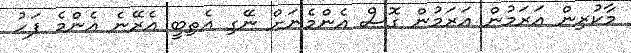
މާކުރިން އަރަމުން އަރަމުން ގޮސް އެންމެނަށް ނޭގި އެތިބީ އެރޭނެ އެންމެ ފަހު